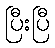
ပြီးပြီ